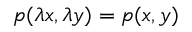
p ( \lambda x , \lambda y ) = p ( x , y )